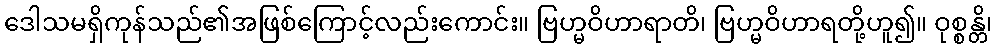
ဒေါသမရှိကုန်သည်၏အဖြစ်ကြောင့်လည်းကောင်း။ ဗြဟ္မဝိဟာရာတိ၊ ဗြဟ္မဝိဟာရတို့ဟူ၍။ ဝုစ္စန္တိ၊